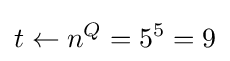
t\leftarrow n^{Q}=5^{5}=9